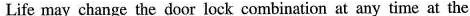
Life may change the door lock combination at any time at the